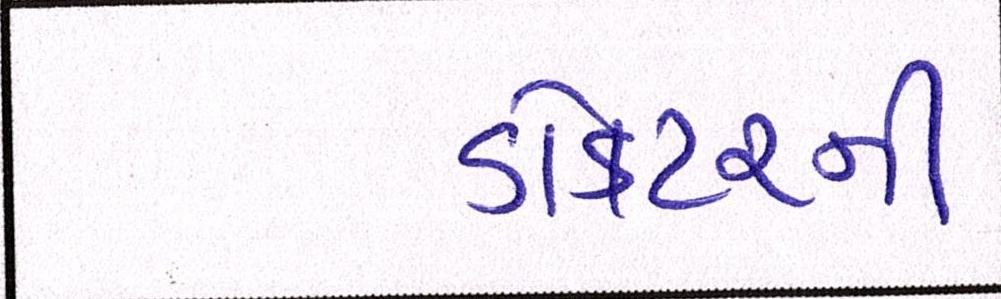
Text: ડોકટરની